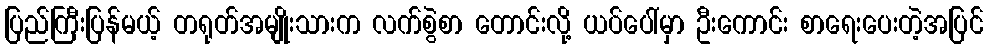
ပြည်ကြီးပြန်မယ့် တရုတ်အမျိုးသားက လက်စွဲစာ တောင်းလို့ ယပ်ပေါ်မှာ ဦးကောင်း စာရေးပေးတဲ့အပြင်